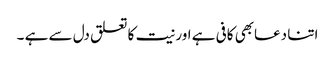
اتنا دعابھی کافی ہے اور نیت کا تعلق دل سے ہے ۔